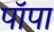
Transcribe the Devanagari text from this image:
पॉपा